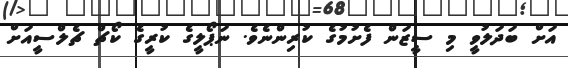
އަށް ބަދަލުވީ މި ސީޒަން ފެށުމުގެ ކުރިންނެވެ. ނަޕޯލީގެ ކުރީގެ ކޯޗް ޗެލްސީއަށް